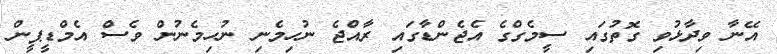
އޭނާ ވިދާޅުވި ގޮތުގައި ސީމެގްގެ އެޖެންޑާގައި ރާއްޖެ ނުހިމެނި ނުހިމެނުން ވެސް އެމްޑީޕީން